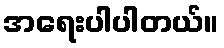
အရေးပါပါတယ်။